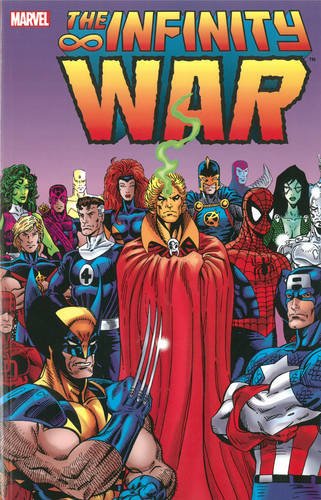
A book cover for Infinity War; Jim Starlin; Children's Books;